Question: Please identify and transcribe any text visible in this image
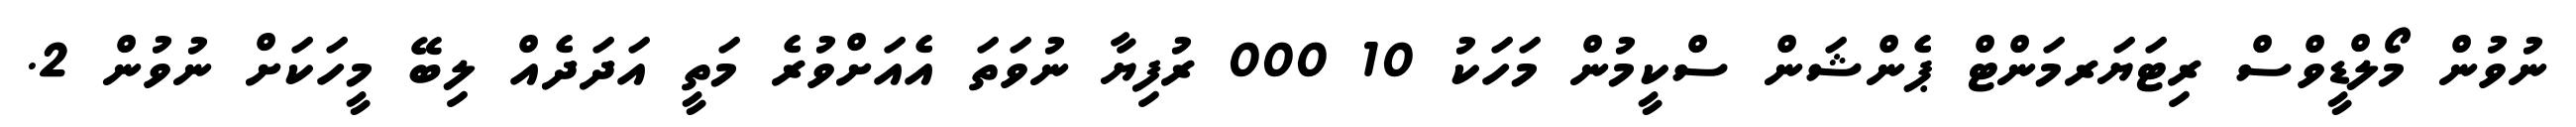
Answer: ނުވުން މޯލްޑީވްސް ރިޓަޔަރމަންޓް ޕެންޝަން ސްކީމުން މަހަކު 10 000 ރުފިޔާ ނުވަތަ އެއަށްވުރެ މަތީ އަދަދެއް ލިބޭ މީހަކަށް ނުވުން 2.